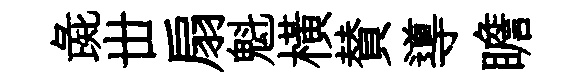
彘丗扇魁横賛導瞻